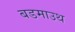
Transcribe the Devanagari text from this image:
बडमाउथ